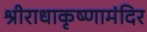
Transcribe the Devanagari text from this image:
श्रीराधाकृष्णामंदिर